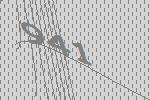
941